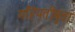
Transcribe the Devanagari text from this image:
महिपतीबुवा